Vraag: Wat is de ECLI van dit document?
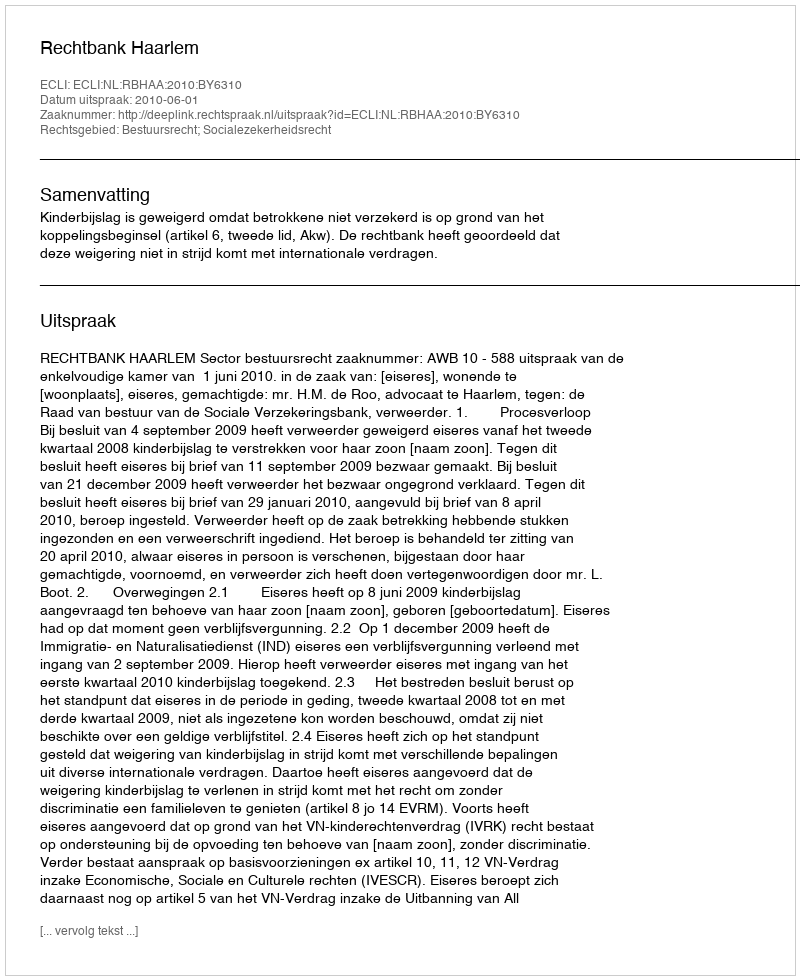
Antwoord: ECLI:NL:RBHAA:2010:BY6310